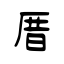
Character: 厝